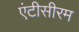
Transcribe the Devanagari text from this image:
एंटीसीरम